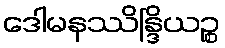
ဒေါမနဿိန္ဒြိယဉ္စ